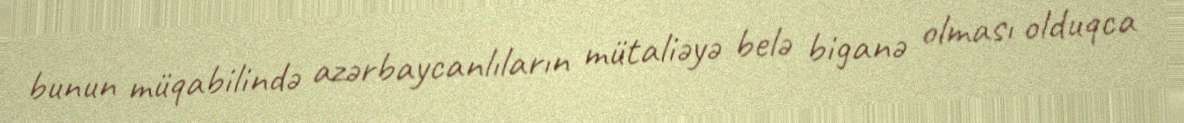
bunun müqabilində azərbaycanlıların mütaliəyə belə biganə olması olduqca